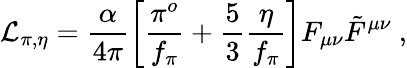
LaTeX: {\cal{L}}_{\pi,\eta}=\frac{\alpha}{4\pi}\left[\frac{\pi^{o}}{f_{\pi}}+\frac{5}{3}\frac{\eta}{f_{\pi}}\right]F_{\mu\nu}\tilde{F}^{\mu\nu}~,